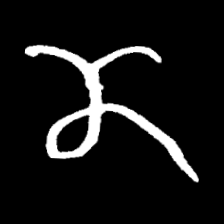
Pyu character \u2014 Myanmar letter: ဏ (romanized: nna)